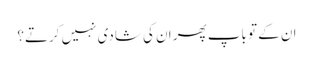
ان کے تو باپ پھر ان کی شادی نہیں کرتے؟